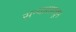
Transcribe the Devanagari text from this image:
सन्याशाकडून